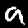
Digit: 9